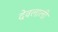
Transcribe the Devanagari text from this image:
देवलाली